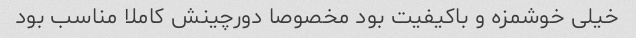
خیلی خوشمزه و باکیفیت بود مخصوصا دورچینش کاملا مناسب بود